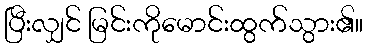
ပြီးလျှင် မြင်းကိုမောင်းထွက်သွား၏။